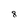
Character: 8